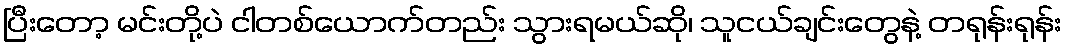
ပြီးတော့ မင်းတို့ပဲ ငါတစ်ယောက်တည်း သွားရမယ်ဆို၊ သူငယ်ချင်းတွေနဲ့ တရုန်းရုန်း